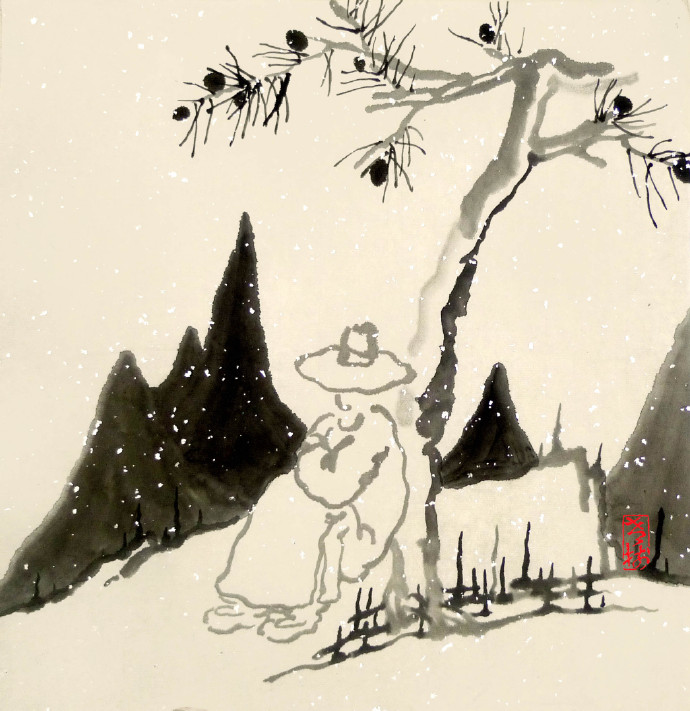
功名炊黍寻常梦，怪事书空感激人。